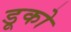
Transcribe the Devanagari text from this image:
डूको